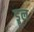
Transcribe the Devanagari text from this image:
ड्रूल